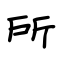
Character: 所